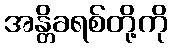
အန္တိခရစ်တို့ကို